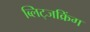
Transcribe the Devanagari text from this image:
ब्लिट्जक्रिंग